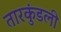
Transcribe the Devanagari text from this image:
तारकुंडली